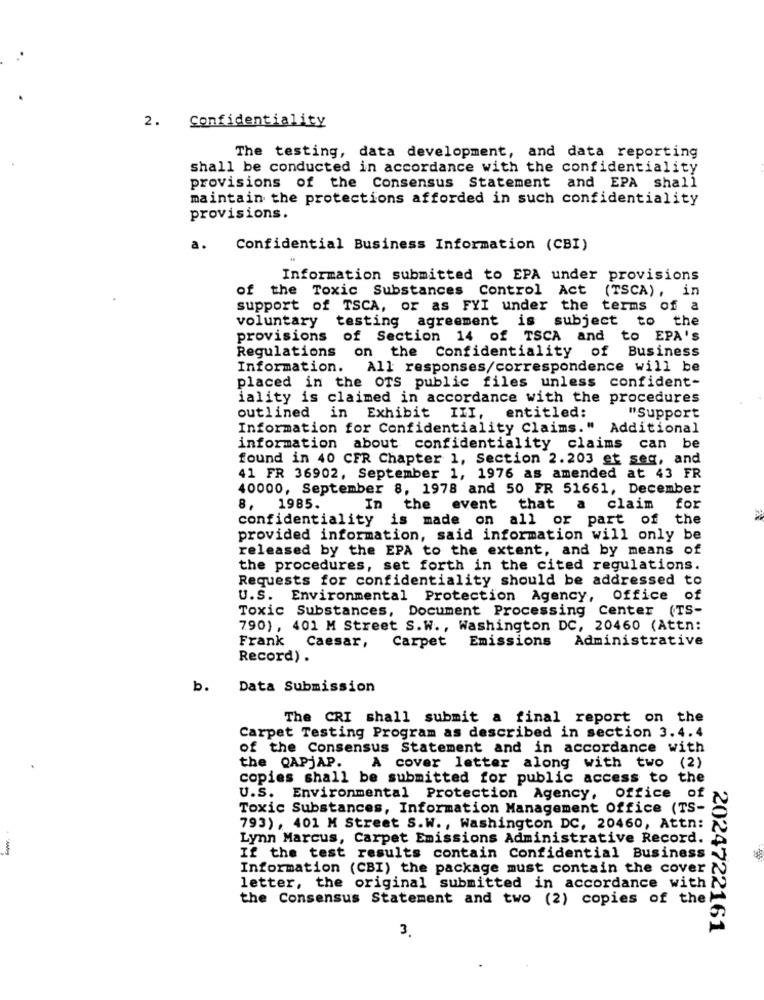
2. Confidentiality
The testing, data development, and data reporting
shall be conducted in accordance with the confidentiality
provisions of the Consensus Statement and EPA shall
maintain the protections afforded in such confidentiality
provisions.
a.
Confidential Business Information (CBI)
Information submitted to EPA under provisions
of the Toxic Substances Control Act
(TSCA), in
support of TSCA, or as FYI under the terms of a
voluntary testing agreement is subject to the
provisions of Section 14 of TSCA and to EPA's
Regulations on the Confidentiality of Business
Information. All responses/correspondence will be
placed in the OTS public files unless confident-
iality is claimed in accordance with the procedures
entitled:
outlined in Exhibit
III,
"Support
Information for Confidentiality Claims." Additional
information about confidentiality claims can be
found in 40 CFR Chapter 1, Section 2.203 et seq, and
41 FR 36902, September 1, 1976 as amended at 43 FR
40000, September 8, 1978 and 50 FR 51661, December
8, 1985.
the
event that
a
claim
for
confidentiality is made on all or part of the
provided information, said information will only be
released by the EPA to the extent, and by means of
the procedures, set forth in the cited regulations.
Requests for confidentiality should be addressed to
U.S. Environmental Protection Agency, Office of
Toxic Substances, Document Processing Center (TS-
790) , 401 M Street S.W ., Washington DC, 20460 (Attn:
Frank
Carpet Emissions Administrative
Caesar,
Record) .
b.
Data Submission
The CRI shall submit a final report on the
Carpet Testing Program as described in section 3.4.4
of the Consensus Statement and in accordance with
the QAPJAP. A cover letter along with two (2)
copies shall be submitted for public access to the
U.S. Environmental Protection Agency, office of
Toxic Substances, Information Management Office (TS-
793) , 401 M Street S.W ., Washington DC, 20460, Attn:
Lynn Marcus, Carpet Emissions Administrative Record.
If the test results contain Confidential Business
Information (CBI) the package must contain the cover
letter, the original submitted in accordance with
the Consensus Statement and two (2) copies of the!
3.
2024722161